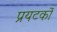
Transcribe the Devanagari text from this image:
प्रयटकों